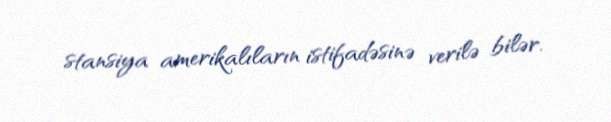
stansiya amerikalıların istifadəsinə verilə bilər.